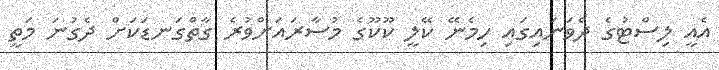
އެއީ ލިސްޓުގެ ދެވަނައިގައި ހިމެނޭ ކޭލީ ކޫކޫގެ މުސާރައަށްވުރެ ގާތްގަނޑަކަށް ދެގުނަ މަތީ